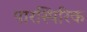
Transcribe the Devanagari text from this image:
पारस्पिरिक